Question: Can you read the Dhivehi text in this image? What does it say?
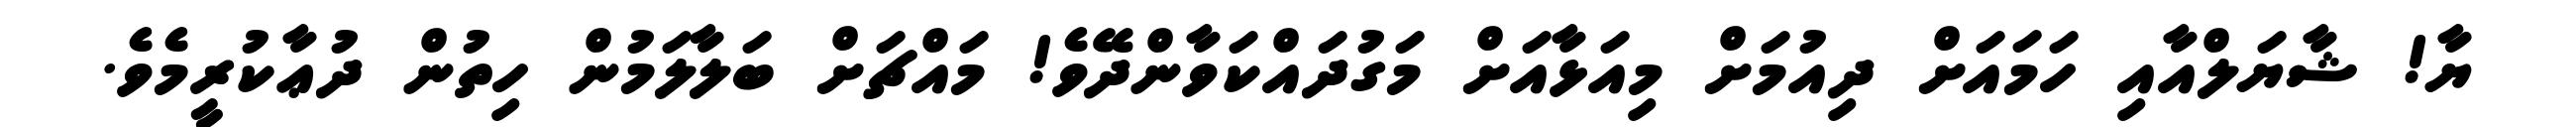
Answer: ޔާ! ޝާޔަލްއާއި ހަމައަށް ދިއުމަށް މިއަޅާއަށް މަގުދައްކަވާންދޭވެ! މައްޗަށް ބަލާލަމުން ހިތުން ދުޢާކުރީމެވެ.